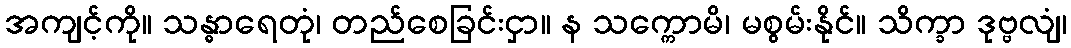
အကျင့်ကို။ သန္ဓာရေတုံ၊ တည်စေခြင်းငှာ။ န သက္ကောမိ၊ မစွမ်းနိုင်။ သိက္ခာ ဒုဗ္ဗလျံ၊